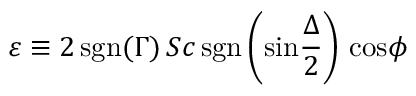
\varepsilon \equiv 2 \, \mathrm { s g n } ( \Gamma ) \, S c \, \mathrm { s g n } \left( \mathrm { s i n } { \frac { \Delta } { 2 } } \right) \, \mathrm { c o s } \phi